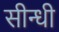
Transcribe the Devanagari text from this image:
सीन्धी